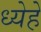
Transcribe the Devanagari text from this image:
ध्येहे